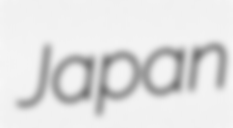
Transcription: Japan